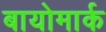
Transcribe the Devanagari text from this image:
बायोमार्क